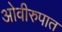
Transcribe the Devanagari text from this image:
ओवीरुपात